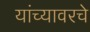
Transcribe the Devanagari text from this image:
यांच्यावरचे